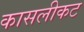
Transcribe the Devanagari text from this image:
कासलीकट